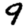
Digit: 9